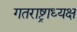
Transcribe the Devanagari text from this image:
गतराष्ट्राध्यक्ष